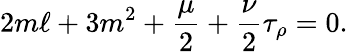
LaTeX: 2m\ell+3m^{2}+\frac{\mu}{2}+\frac{\nu}{2}\tau_{\rho}=0.